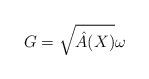
LaTeX: \begin{align*}G = \sqrt{\hat{A}(X)} \omega\end{align*}